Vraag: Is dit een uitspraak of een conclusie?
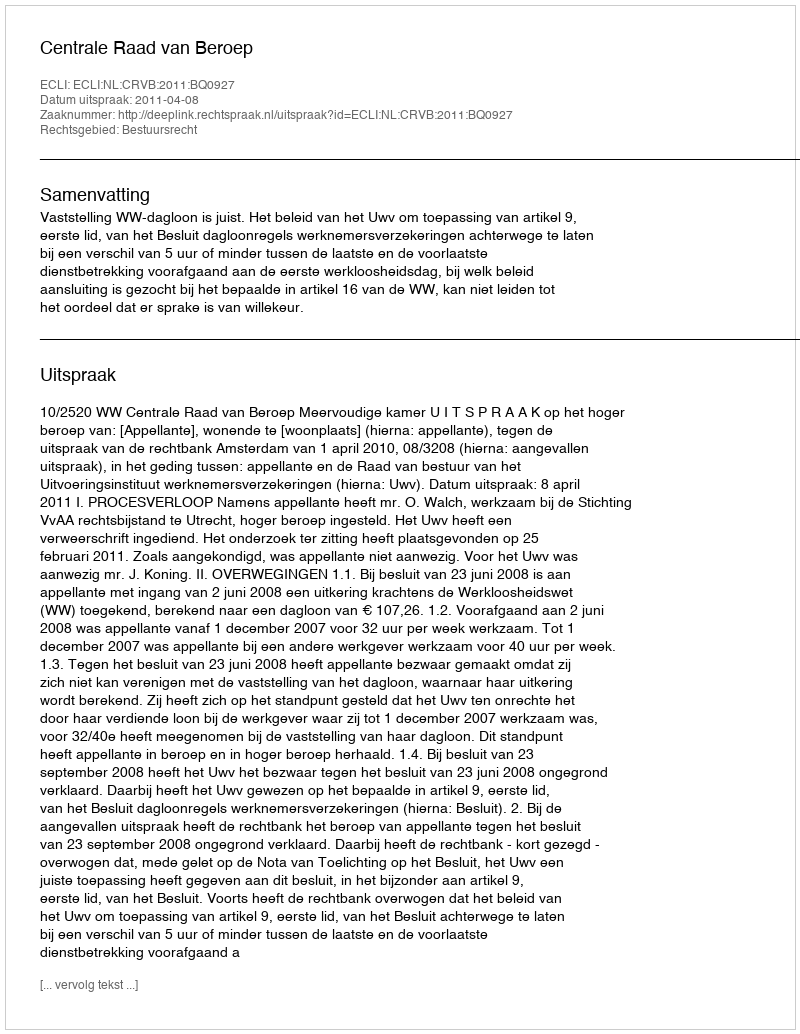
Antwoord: Uitspraak